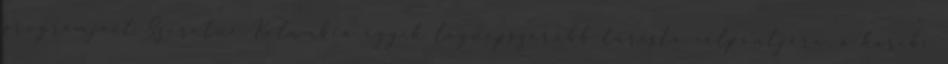
programjait Szeretne Kolumbia egyik legnépszerűbb turista célpontjára, a karibi